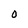
Character: 0